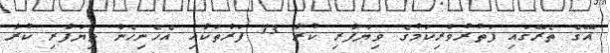
އޭގެ ތެރޭގައި ފަތުރުވެރިކަމުގެ ވިޔަފާރި ކުރާ 13 ފަރާތަކާއި އެހެނިހެން ވިޔަފާރި ކުރާ